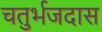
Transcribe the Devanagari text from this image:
चतुर्भजदास